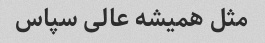
مثل همیشه عالی سپاس